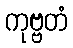
ကုဗ္ဗတံ